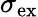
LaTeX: \sigma_{\mathrm{ex}}